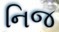
નિજ